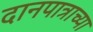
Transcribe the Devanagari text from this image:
दानपात्राच्या